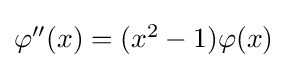
{\textstyle \varphi ''(x)=(x^{2}-1)\varphi (x)}